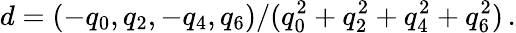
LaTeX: d=(-q_{0},q_{2},-q_{4},q_{6})/(q_{0}^{2}+q_{2}^{2}+q_{4}^{2}+q_{6}^{2})\, .